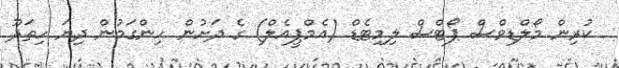
ކުރިން މޯލްޑިވްސް ޕޯޓްސް ލިމިޓެޑް (އެމްޕީއެލް) ގެ ދަށުން ހިންގަމުން ދިޔަ ހިތަދޫ